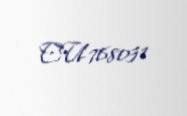
CU768031